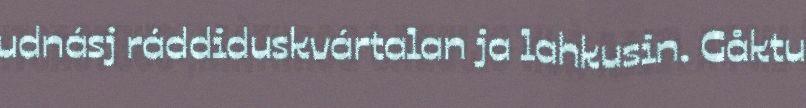
udnásj ráddiduskvártalan ja lahkusin. Gåktu